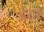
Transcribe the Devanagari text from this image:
ईदा